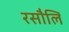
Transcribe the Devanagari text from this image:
रसौलि